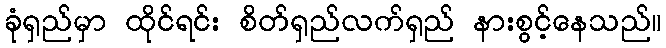
ခုံရှည်မှာ ထိုင်ရင်း စိတ်ရှည်လက်ရှည် နားစွင့်နေသည်။